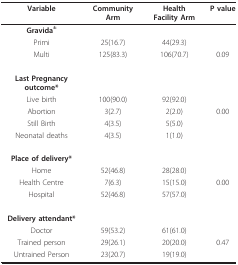
<table><thead><tr><td><b>Variable</b></td><td><b>Community Arm</b></td><td><b>Health Facility Arm</b></td><td><b>P value</b></td></tr></thead><tbody><tr><td><b>Gravida<sup>±</sup></b></td><td></td><td></td><td></td></tr><tr><td>Primi</td><td>25(16.7)</td><td>44(29.3)</td><td></td></tr><tr><td>Multi</td><td>125(83.3)</td><td>106(70.7)</td><td>0.09</td></tr><tr><td><b>Last Pregnancy outcome*</b></td><td></td><td></td><td></td></tr><tr><td>Live birth</td><td>100(90.0)</td><td>92(92.0)</td><td></td></tr><tr><td>Abortion</td><td>3(2.7)</td><td>2(2.0)</td><td>0.00</td></tr><tr><td>Still Birth</td><td>4(3.5)</td><td>5(5.0)</td><td></td></tr><tr><td>Neonatal deaths</td><td>4(3.5)</td><td>1(1.0)</td><td></td></tr><tr><td><b>Place of delivery*</b></td><td></td><td></td><td></td></tr><tr><td>Home</td><td>52(46.8)</td><td>28(28.0)</td><td></td></tr><tr><td>Health Centre</td><td>7(6.3)</td><td>15(15.0)</td><td>0.00</td></tr><tr><td>Hospital</td><td>52(46.8)</td><td>57(57.0)</td><td></td></tr><tr><td><b>Delivery attendant*</b></td><td></td><td></td><td></td></tr><tr><td>Doctor</td><td>59(53.2)</td><td>61(61.0)</td><td></td></tr><tr><td>Trained person</td><td>29(26.1)</td><td>20(20.0)</td><td>0.47</td></tr><tr><td>Untrained Person</td><td>23(20.7)</td><td>19(19.0)</td><td></td></tr></tbody></table>